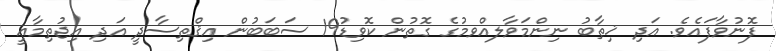
ފޮނުވާފައެވެ. އަދި ޚިޠާބު ނިންމަވާލއްވމުގެ ގޮތުން ކޮވިޑު19 ސަބަބުން އިޤްތިސާދީ އަދި އިޖުތިމާޢީ